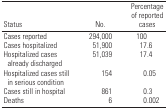
| Status | No. | Percentage of reported cases |
 | --- | --- | --- |
 | Cases reported | 294,000 | 100 |
 | Cases hospitalized | 51,900 | 17.6 |
 | Hospitalized cases already discharged | 51,039 | 17.4 |
 | Hospitalized cases still in serious condition | 154 | 0.05 |
 | Cases still in hospital | 861 | 0.3 |
 | Deaths | 6 | 0.002 |